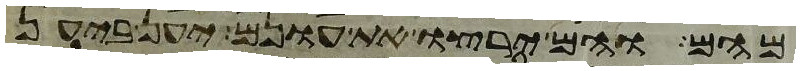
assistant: מהם והם ירצו את עונם יען ביען